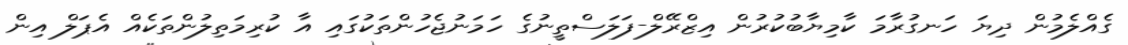
ގެއްލެމުން ދިޔަ ހަނގުރާމަ ކާމިޔާބުކުރުން އިޒްރޭލް-ފަލަސްތީނުގެ ހަމަނުޖެހުންތަކުގައި އާ ކުރިމަތިލުންތަކެއް އެޕަލް އިން